Civil Veterinary Dept. North-West Frontier Province 1933-46 - 1933-1946
Year: 1933
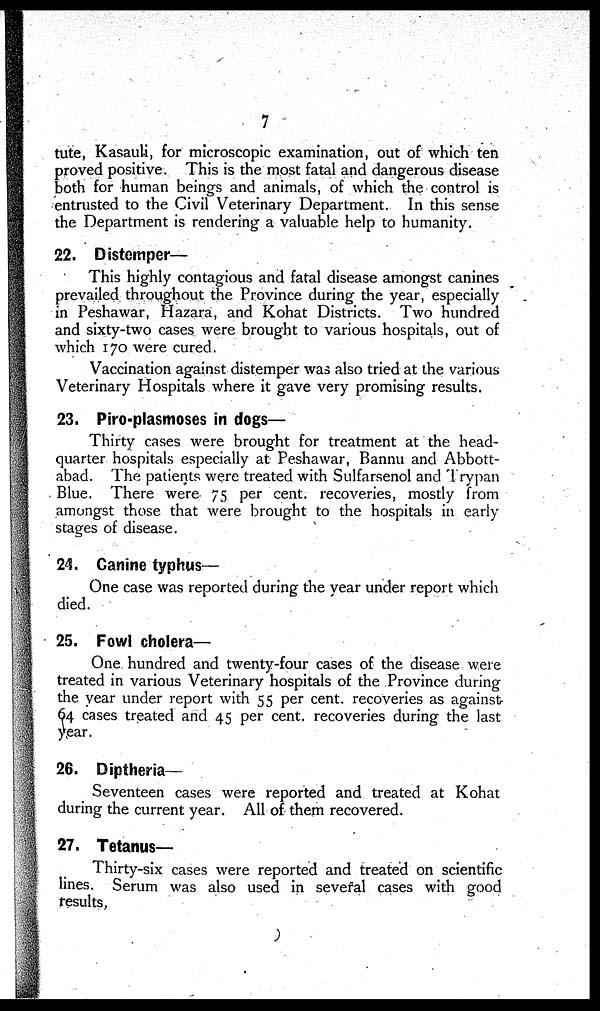
7
tute, Kasauli, for microscopic examination, out of which ten
proved positive. This is the most fatal and dangerous disease
both for human beings and animals, of which the control is
entrusted to the Civil Veterinary Department. In this sense
the Department is rendering a valuable help to humanity.
22. Distemper—
This highly contagious and fatal disease amongst canines
prevailed throughout the Province during the year, especially
in Peshawar, Hazara, and Kohat Districts. Two hundred
and sixty-two cases were brought to various hospitals, out of
which 170 were cured.
Vaccination against distemper was also tried at the various
Veterinary Hospitals where it gave very promising results.
23. Piro-plasmoses in dogs—
Thirty cases were brought for treatment at the head-
quarter hospitals especially at Peshawar, Bannu and Abbott-
abad. The patients were treated with Sulfarsenol and Trypan
Blue. There were 75 per cent. recoveries, mostly from
amongst those that were brought to the hospitals in early
stages of disease.
24. Canine typhus—
One case was reported during the year under report which
died.
25. Fowl cholera—
One hundred and twenty-four cases of the disease were
treated in various Veterinary hospitals of the Province during
the year under report with 55 per cent. recoveries as against-
64 cases treated and 45 per cent. recoveries during the last
year.
26. Diptheria—
Seventeen cases were reported and treated at Kohat
during the current year. All of them recovered.
27. Tetanus—
Thirty-six cases were reported and treated on scientific
lines. Serum was also used in several cases with good
results,